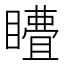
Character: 𭿣